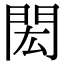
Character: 閎